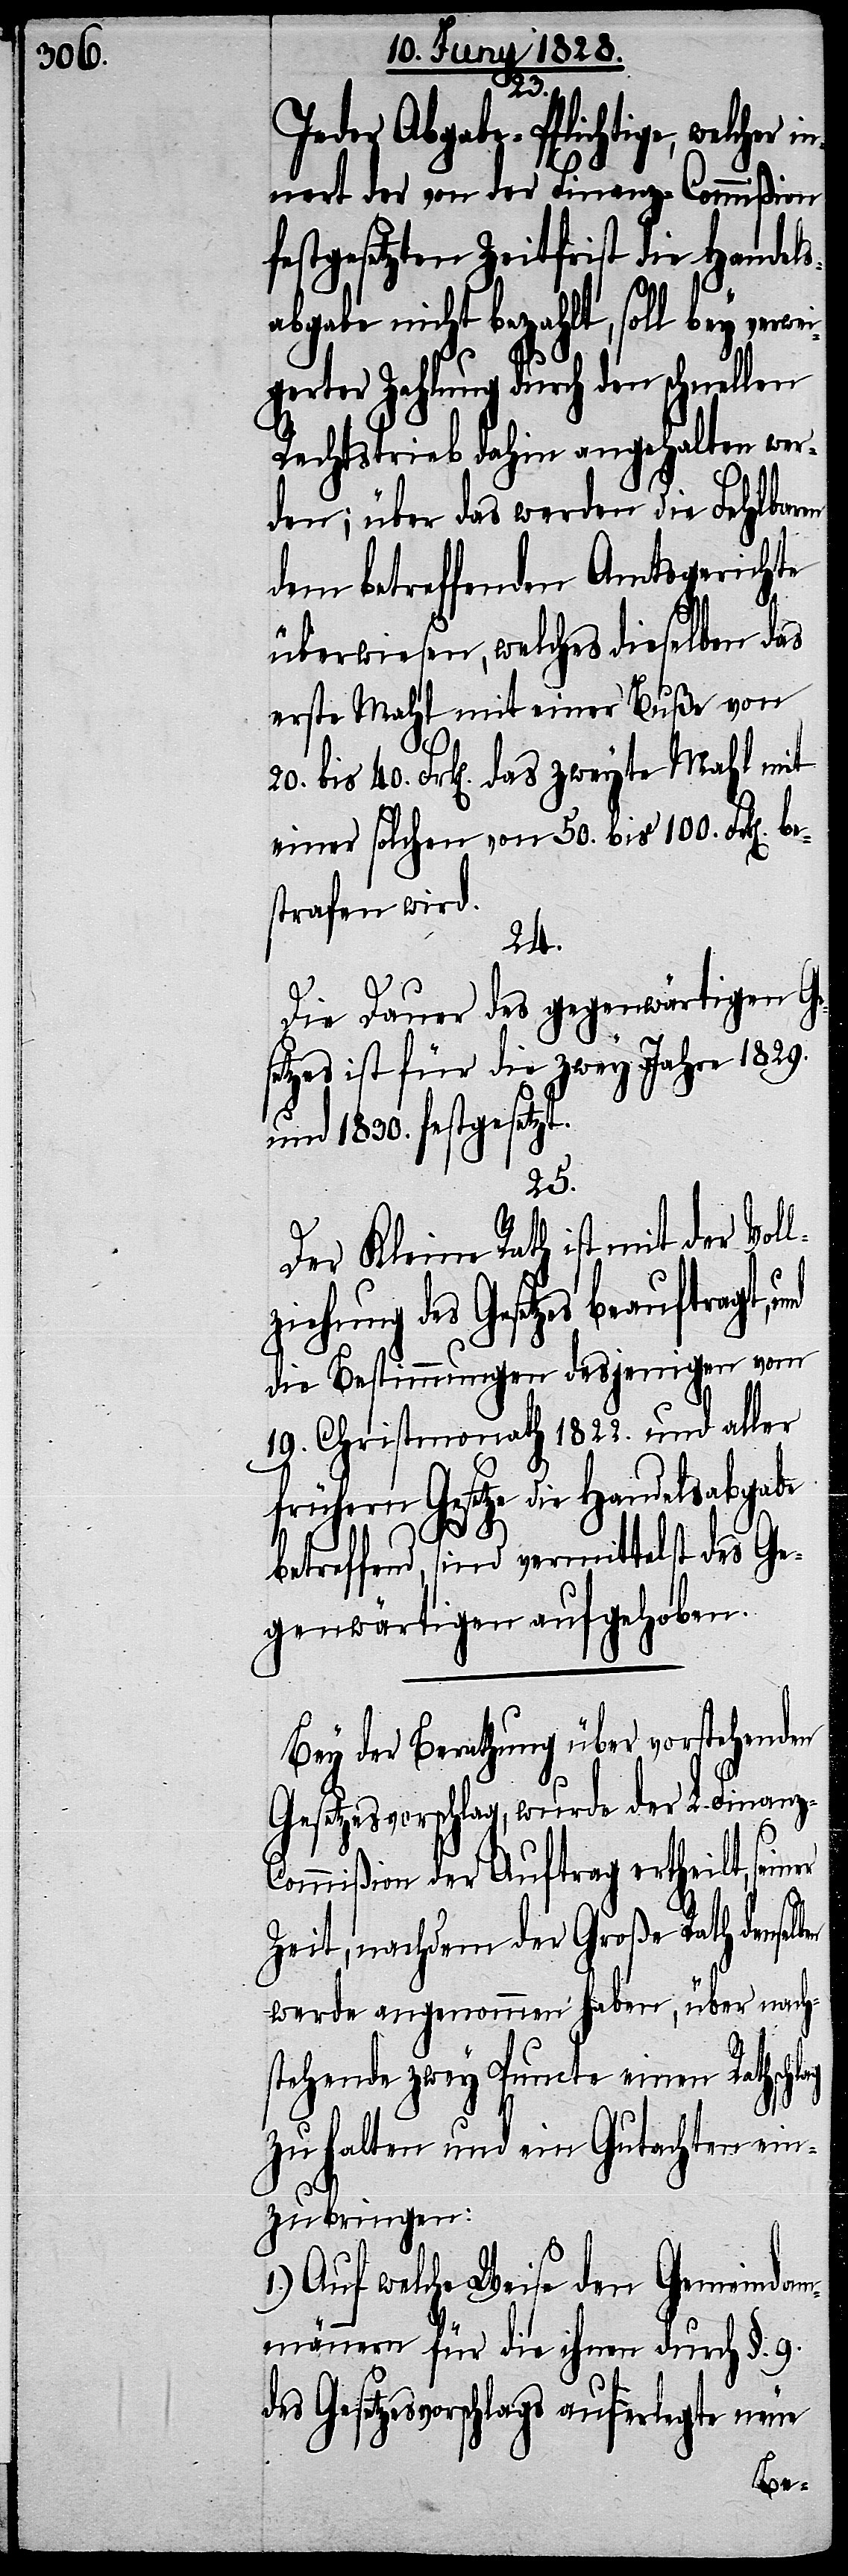
23.
Jeder Abgabe-Pflichtige, welcher
innert der von der Finanz-Commißion
festgesetzten Zeitfrist die Handels¬
abgabe nicht bezahlt, soll bey verwei¬
ben
gerter Zahlung durch den schnellen
Rechtstrieb dahin angehalten wer¬
den; über das werden die Fehlbaren
dem betreffenden Amtsgerichte
überwiesen, welches dieselben das
erste Mahl mit einer Buße von
20. bis 40. Frk[en]. das zweyte Mahl mit
einer solchen von 50. bis 100. Finanzra¬
strafen wird.
24.
Die Dauer des gegenwärtigen Ge¬
setzes ist für die zwey Jahre 1829.
und 1830. festgesetzt.
25.
Der Kleine Rath ist mit der Voll¬
ziehung des Gesetzes beauftragt,
die Bestimmungen desjenigen vom
19. Crhistmonath 1822. und aller
frühern Gesetze die Handelsabgabe
betreffend, sind vermittelst des Ge¬
genwärtigen aufgehoben.
Bey der Berathung über vorstehenden
Gesetzesvorschlag, wurde der L. Finanz-C¬
ommißion der Auftrag ertheilt, sei¬
Zeit, nachdem der Große Rath densel¬
werde angenommen haben, über nach¬
stehende zwey Puncte einen Rathschlag
zu halten und ein Gutachten ein¬
zubringen:
1.) Auf welche Weise den Gemeindam¬
männern für die ihnen durch §. 9.
des Gesetzesvorschlags auferlegte neue